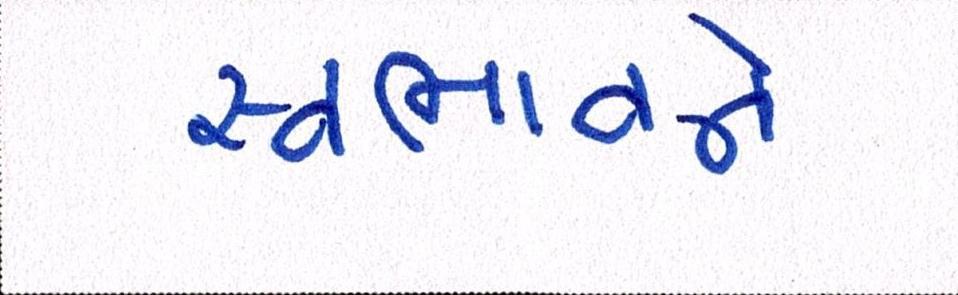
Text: સ્વભાવને